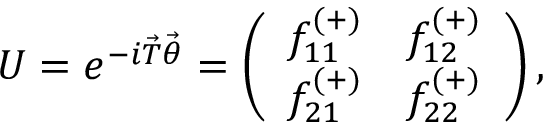
U = e ^ { - i \vec { T } \vec { \theta } } = \left( \begin{array} { l l } { { f _ { 1 1 } ^ { ( + ) } } } & { { f _ { 1 2 } ^ { ( + ) } } } \\ { { f _ { 2 1 } ^ { ( + ) } } } & { { f _ { 2 2 } ^ { ( + ) } } } \end{array} \right) ,